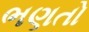
ભણતો